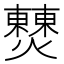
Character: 𤒖